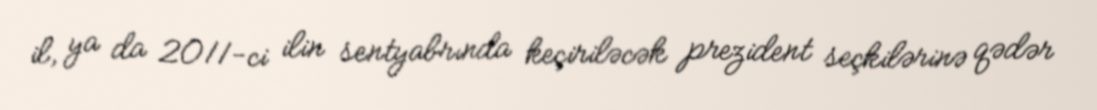
il, ya da 2011-ci ilin sentyabrında keçiriləcək prezident seçkilərinə qədər